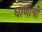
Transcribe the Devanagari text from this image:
घाणीची